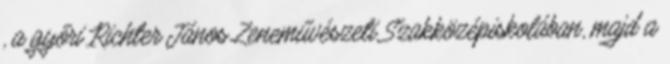
, a győri Richter János Zeneművészeti Szakközépiskolában, majd a